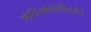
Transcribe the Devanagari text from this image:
प्रोप्रिओकेप्तिओन